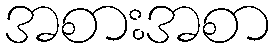
အစားအစာ